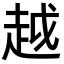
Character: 越